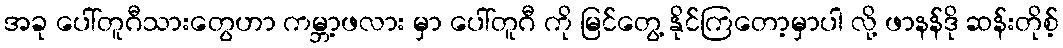
အခု ပေါ်တူဂီသားတွေဟာ ကမ္ဘာ့ဖလား မှာ ပေါ်တူဂီ ကို မြင်တွေ့ နိုင်ကြတော့မှာပါ လို့ ဖာနန်ဒို ဆန်းတိုစ့်